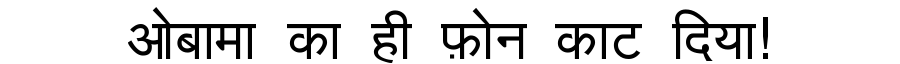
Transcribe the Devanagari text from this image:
ओबामा का ही फ़ोन काट दिया!